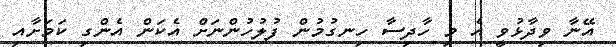
އޭނާ ވިދާޅުވީ އެ މި ހާދިސާ ހިނގުމުން ފުލުހުންނަށް އެކަން އެންގި ކަމަށާއި